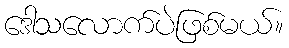
ဒေါသလောက်ပဲဖြစ်မယ်။